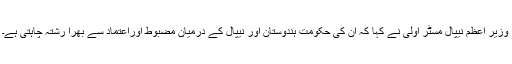
وزیر اعظم نیپال مسٹر اولی نے کہا کہ ان کی حکومت ہندوستان اور نیپال کے درمیان مضبوط اوراعتماد سے بھرا رشتہ چاہتی ہے۔